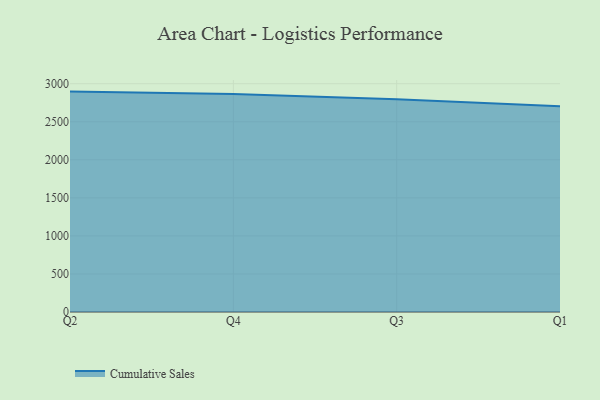
{"axis": {"x": "Quarter", "y": "Shipments"}, "legend": ["Cumulative Sales"], "data": [{"x": "Q2", "y": 2896.3, "type": "Cumulative Sales"}, {"x": "Q4", "y": 2864.7, "type": "Cumulative Sales"}, {"x": "Q3", "y": 2795.9, "type": "Cumulative Sales"}, {"x": "Q1", "y": 2702.6, "type": "Cumulative Sales"}]}